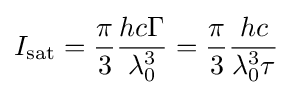
I_{\text{sat}}={\frac {\pi }{3}}{hc\Gamma  \over \lambda _{0}^{3}}={\frac {\pi }{3}}{hc \over {\lambda _{0}^{3}\tau }}